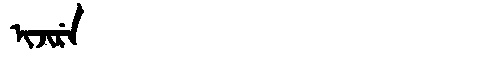
Manchu: ᡳᠵᡳᡵᡝ
Romanization: IJIRE